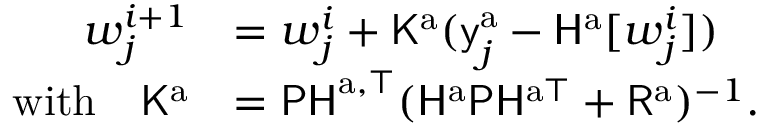
\begin{array} { r l } { \boldsymbol { w } _ { j } ^ { i + 1 } } & { = \boldsymbol { w } _ { j } ^ { i } + \mathsf { K } ^ { \mathrm { a } } ( \mathsf { y } _ { j } ^ { \mathrm { a } } - \mathsf { H } ^ { \mathrm { a } } [ \boldsymbol { w } _ { j } ^ { i } ] ) } \\ { \mathrm { w i t h } \quad \mathsf { K } ^ { \mathrm { a } } } & { = \mathsf { P H } ^ { \mathrm { a } , \top } ( \mathsf { H } ^ { \mathrm { a } } \mathsf { P } \mathsf { H } ^ { \mathrm { a } \top } + \mathsf { R } ^ { \mathrm { a } } ) ^ { - 1 } \mathrm { . } } \end{array}